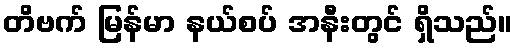
တိဗက် မြန်မာ နယ်စပ် အနီးတွင် ရှိသည်။